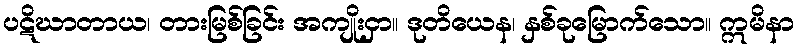
ပဋိဃာတာယ၊ တားမြစ်ခြင်း အကျိုးငှာ။ ဒုတိယေန၊ နှစ်ခုမြောက်သော။ ဣမိနာ